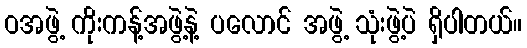
ဝအဖွဲ့ ကိုးကန့်အဖွဲ့နဲ့ ပလောင် အဖွဲ့ သုံးဖွဲ့ပဲ ရှိပါတယ်။